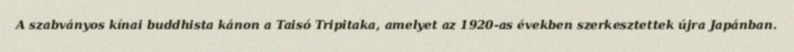
A szabványos kínai buddhista kánon a Taisó Tripitaka, amelyet az 1920-as években szerkesztettek újra Japánban.